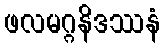
ဖလမဂ္ဂနိဒဿနံ